Report of the King Institute of Preventive Medicine, Guindy
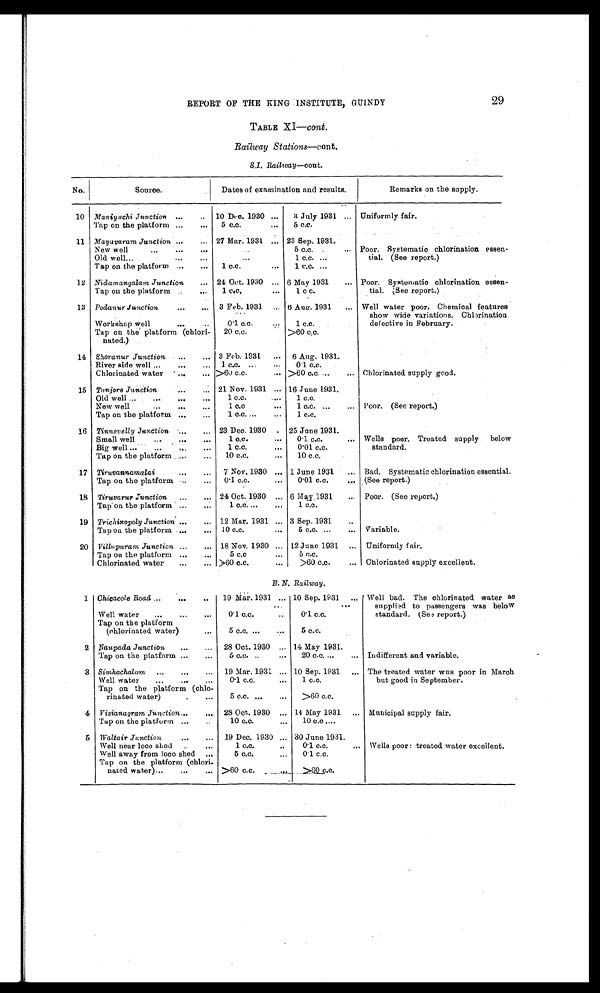
2 9
REPORT OF THE KING INSTITUTE, GUINDY
TABLE XI—cont.
Railway Stations—cont.
S.I. Railway —cont.
No.
Source.
Remarks on the supply.
Maniyachi Junction
10 Dec. 1930
3 July 1931
Tap on the platform
5 c.c.
5 c.c.
Mayavaram Junction
27 Mar. 1931
23 Sep. 1931.
New well
5 c.c.
Old well
1 c.c.
Tap on the platform
1 c.c.
1 c.c.
Nidamangalam Junction
24 Oct. 1930
6 May 1931
Tap on the platform
1 c.c.
1 c c.
Podanur Junction
3 Feb. 1931
6 Aug. 1931
Workshop well
0·1 c.c.
1 c.c.
Shoranur Junction
3 Feb. 1931
6 Aug. 1931.
River side well
1 c.c.
0·1 c.c.
Chlorinated water
> 60 c.c.
> 60 c.c.
Tanjore Junction
21 Nov. 1931
16 June 1931.
Old well
1 c.c.
1 c.c.
New well
1 c.c.
Tap on the platform
1 c.c.
1 c.c.
Tinnevelly Junction
23 Dec. 1930
25 June 1931.
Small well
1 c.c.
0·1 c.c.
Big well
1 c.c.
0·01 c.c.
Tap on the platform
10 c.c.
10 c.c.
Tiruvannamalai
7 Nov. 1930
1 June 1931
Bad. Systematic chlorination essential.
Tap on the platform
0·1 c.c.
0·01 c.c.
(See report.)
Tiruvarur Junction
24 Oct. 1930
6 May 1931
Tap on the platform
1 c.c.
1 c c.
Trichinopoly Junction
12 Mar. 1931
3 Sep. 1931
Tap on the platform
10 c.c.
5 c.c.
Villupuram Junction
18 Nov. 1930
12 June 1931
Tap on the platform
5 c.c
5 c.c.
Chlorinated water
> 60 c.c.
> 60 c.c.
Chlorinated supply excellent.
B. N. Railway.
Chicacole Road
19 Mar. 1931
10 Sep. 1931
Well water
0·1 c.c.
0·1 c.c.
Tap on the platform
(chlorinated water)
5 c.c
5 c.c.
Naupada Junction
28 Oct. 1930
14 May 1931.
Tap on the platform
5 c.c.
20 c.c.
Simhachalam
19 Mar. 1931
10 Sep. 1931
The treated water was poor in March
Well water
0·1 c.c.
1 c.c.
but good in September.
Vizianagram Junction
28 Oct. 1930
14 May 1931
Municipal supply fair.
Tap on the platform
10 c.c.
10 c.c.
Waltair Junction
19 Dec. 1930
30 June 1931.
Well near loco shed
1 c.c.
0·1 c.c.
Wells poor: treated water excellent.
Well away from loco shed
5 c.c.
0·1 c.c.